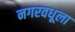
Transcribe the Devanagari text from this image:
नगरवधूला